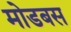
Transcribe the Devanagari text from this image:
मोडबस